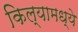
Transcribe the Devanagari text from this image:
किल्यामध्ये